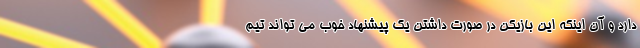
دارد و آن اینکه این بازیکن در صورت داشتن یک پیشنهاد خوب می تواند تیم